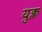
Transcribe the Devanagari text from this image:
युक्ल